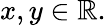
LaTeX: x,y\in\mathbb{R}.